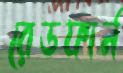
রেডফার্ন